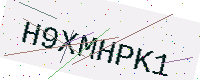
Text: H9XMHPK1